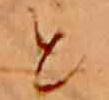
と